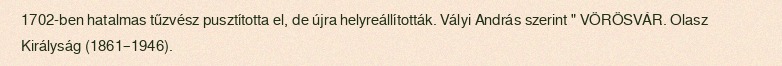
1702-ben hatalmas tűzvész pusztította el, de újra helyreállították. Vályi András szerint " VÖRÖSVÁR. Olasz Királyság (1861–1946).